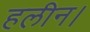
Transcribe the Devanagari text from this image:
हलीन।